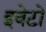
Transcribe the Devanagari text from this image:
इवेटो